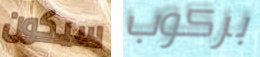
سيكون بركوب